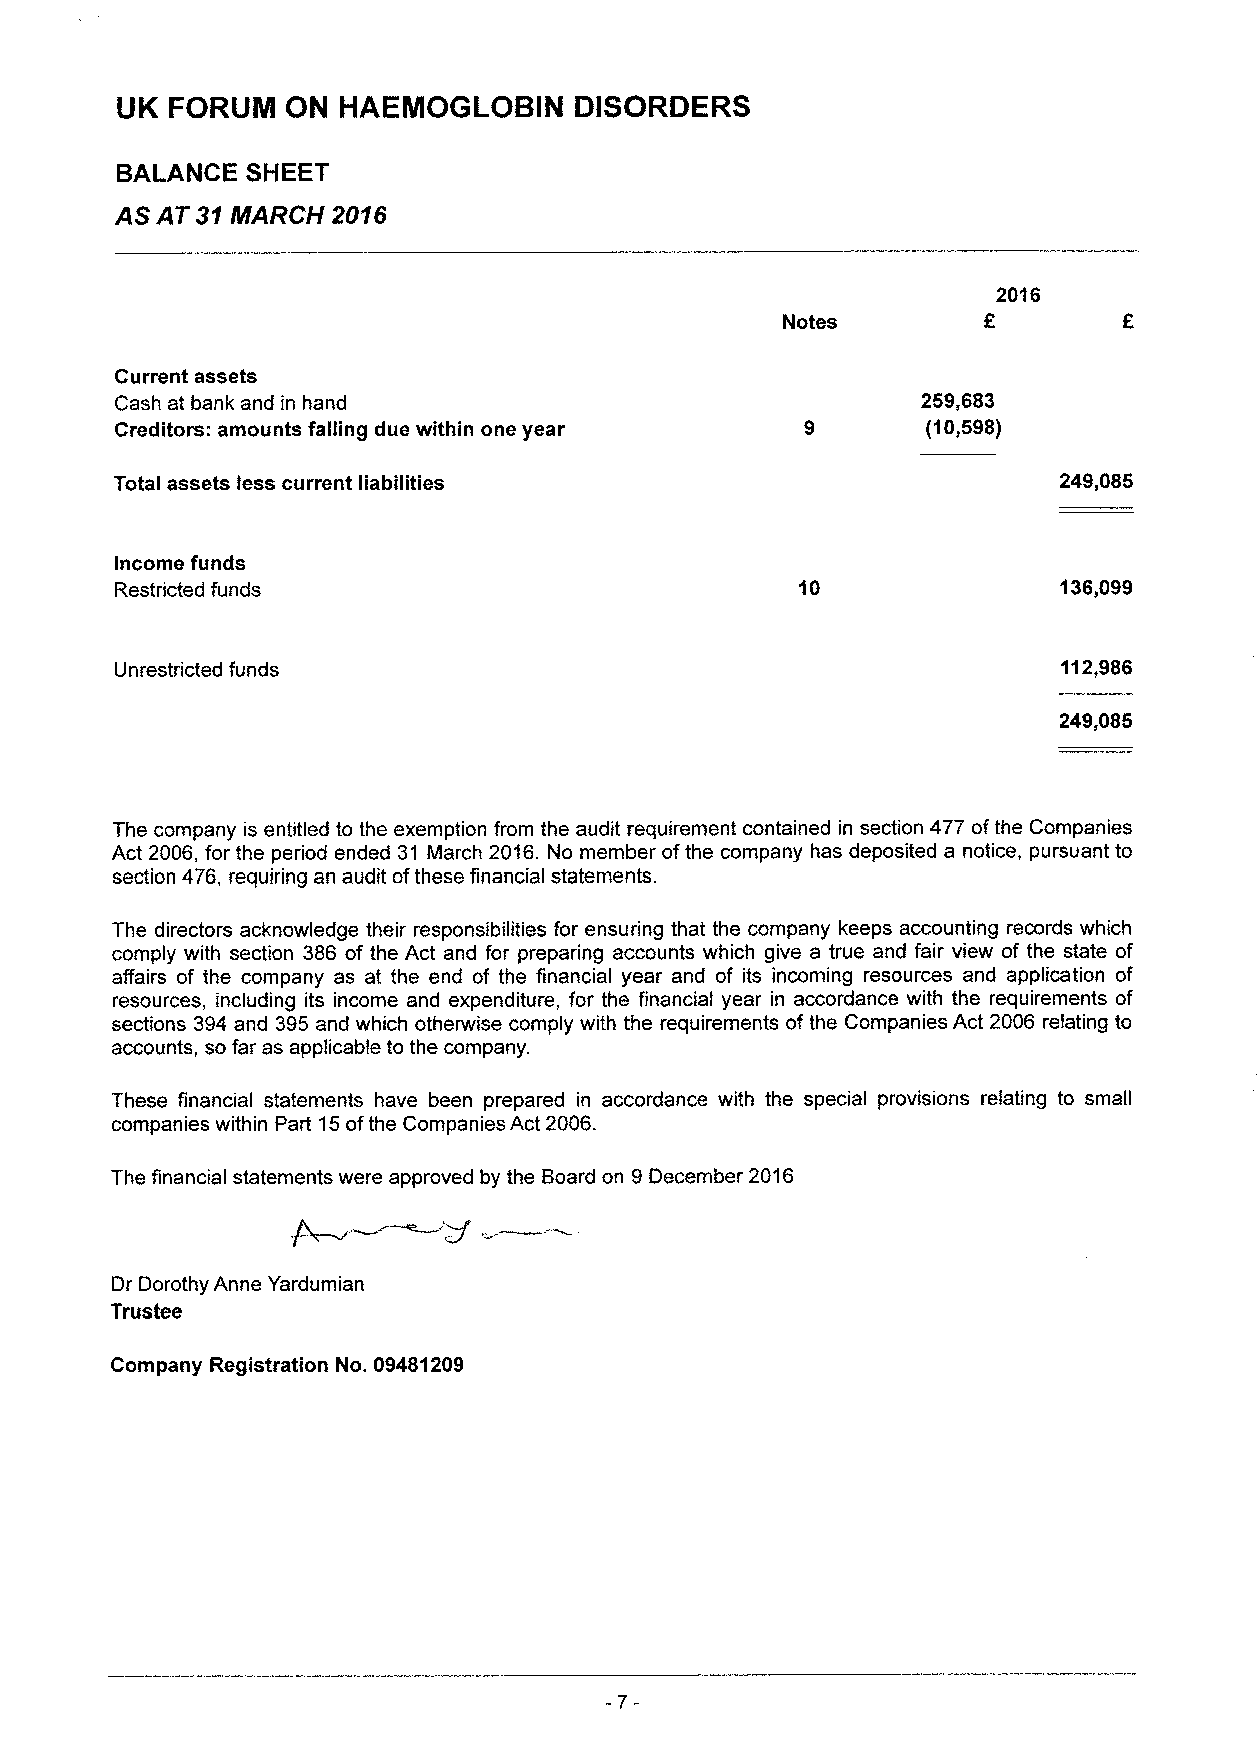
UK FORUM   ON HAEMOGLOBIN     DISORDERS
 BALANCE SHEET
 AS AT 31MARCH 2016
 2016
 Notes
 Current assets
 Cash at bank and in hand                             259,683
 Creditors: amounts falling due within one year       (10,598)
 Total assets less current liabilities                         249,085
 Income funds
 Restricted funds                             10               136,099
 Unrestricted funds                                            112,986
 249,085
 The company is entitled to the exemption from the audit requirement contained in section 477 ofthe Companies
 Act 2006, for the period ended 31 March 2016.No member ofthe company has deposited a notice, pursuant to
 section 476, requiring an audit ofthese financial statements.
 The directors acknowledge their responsibilities for ensuring that the company keeps accounting records which
 comply with section 386 of the Act and for preparing accounts which give a true and fair view of the state of
 affairs of the company as at the end of the financial year and of its incoming resources and application of
 resources, including its income and expenditure, for the financial year in accordance with the requirements of
 sections 394 and 395and which otherwise comply with the requirements of the Companies Act 2006 relating to
 accounts, so far as applicable to the company.
 These financial statements have been prepared in accordance with the special provisions relating to small
 companies within Part 15ofthe Companies Act 2006.
 The financial statements were approved by the Board on 9December 2016
 Dr Dorothy Anne Yardumian
 Trustee
 Company Registration No. 09481209